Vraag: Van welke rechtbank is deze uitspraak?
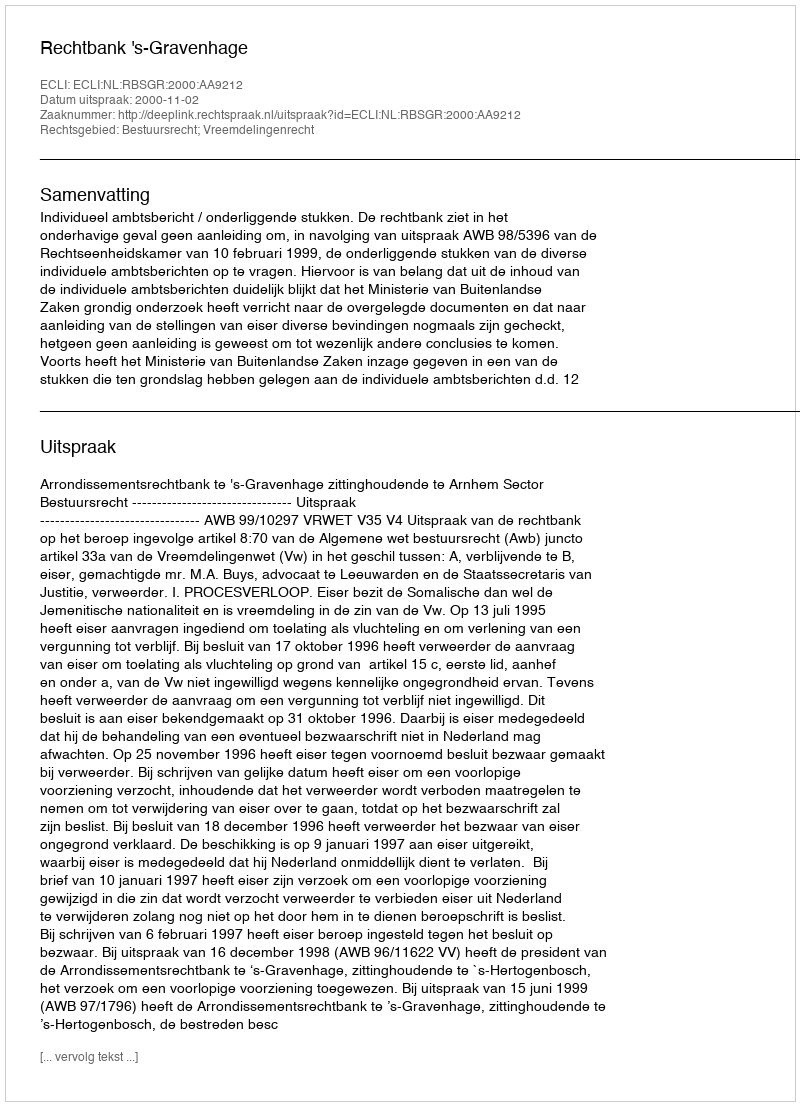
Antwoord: Rechtbank 's-Gravenhage